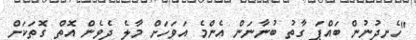
"ހެނދުނުން ބައްޕަ ގާތު ބުނާނަން އެންމެ އަވަހަށް މާލެ ދެވެން އޮތް ގޮތަކަށް